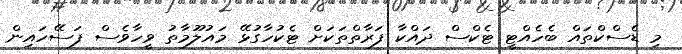
މި ޑެސްކްތައް ބެހެއްޓީ ޓެކްސް ދައްކާ ފަރާތްތަކަށް ޓެކުހާގުޅޭ މައުލޫމާތު ވީހާވެސް ފަސޭހައިން